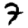
Digit: 7